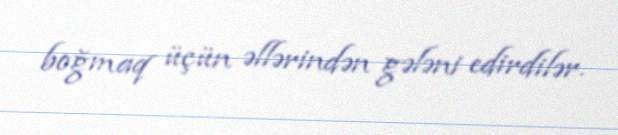
boğmaq üçün əllərindən gələni edirdilər.